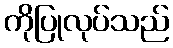
ကိုပြုလုပ်သည်